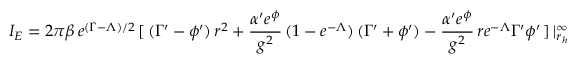
I _ { E } = 2 \pi \beta \, e ^ { ( \Gamma - \Lambda ) / 2 } \, [ \, ( \Gamma ^ { \prime } - \phi ^ { \prime } ) \, r ^ { 2 } + \frac { \alpha ^ { \prime } e ^ { \phi } } { g ^ { 2 } } \, ( 1 - e ^ { - \Lambda } ) \, ( \Gamma ^ { \prime } + \phi ^ { \prime } ) - \frac { \alpha ^ { \prime } e ^ { \phi } } { g ^ { 2 } } \, r e ^ { - \Lambda } \Gamma ^ { \prime } \phi ^ { \prime } \, ] \, | _ { r _ { h } } ^ { \infty }